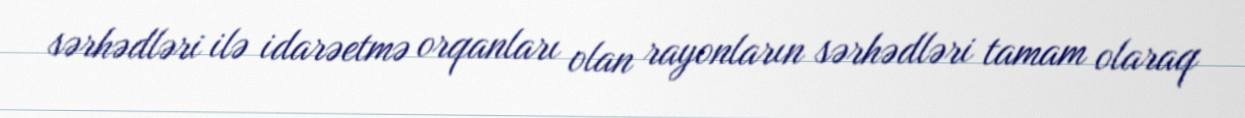
sərhədləri ilə idarəetmə orqanları olan rayonların sərhədləri tamam olaraq